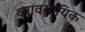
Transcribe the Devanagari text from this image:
व्यावयायिक